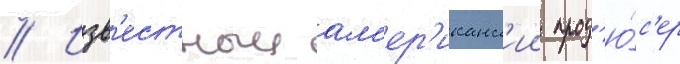
// Изв'естныи ам'ер'иканск'ии прод'ю́с'ер